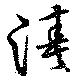
湊